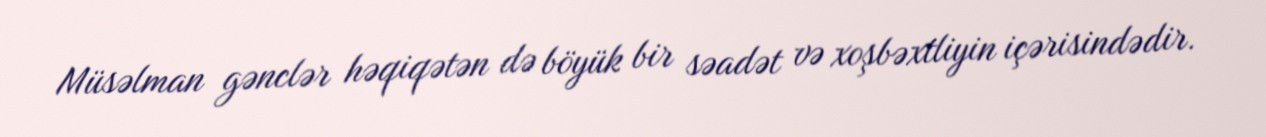
Müsəlman gənclər həqiqətən də böyük bir səadət və xoşbəxtliyin içərisindədir.